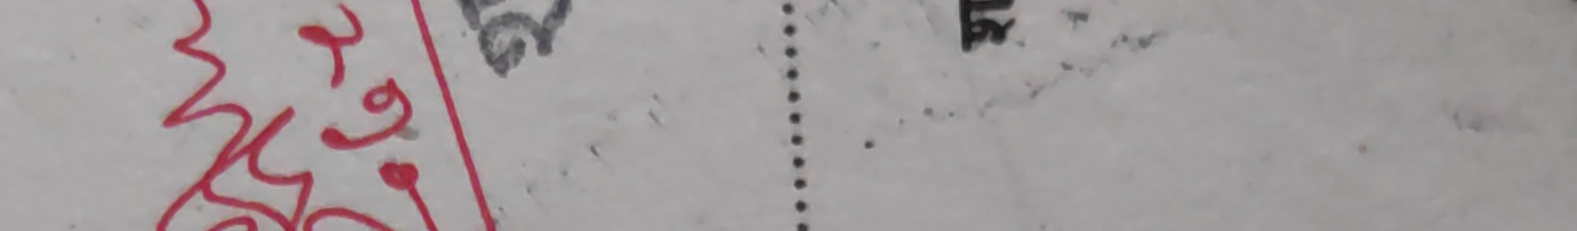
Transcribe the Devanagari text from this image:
२७ वि